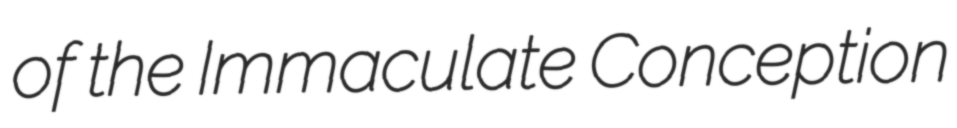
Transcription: of the Immaculate Conception